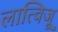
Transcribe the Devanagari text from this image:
लात्विजू